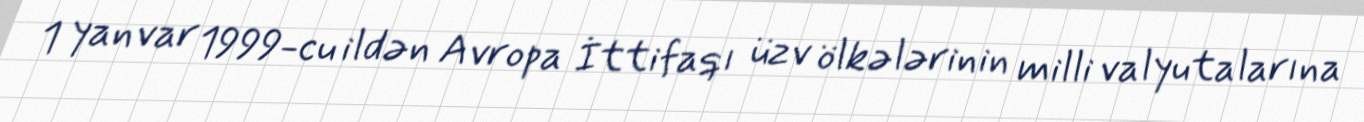
1 yanvar 1999-cu ildən Avropa İttifaqı üzv ölkələrinin milli valyutalarına